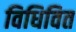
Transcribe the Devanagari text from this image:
विधिवित